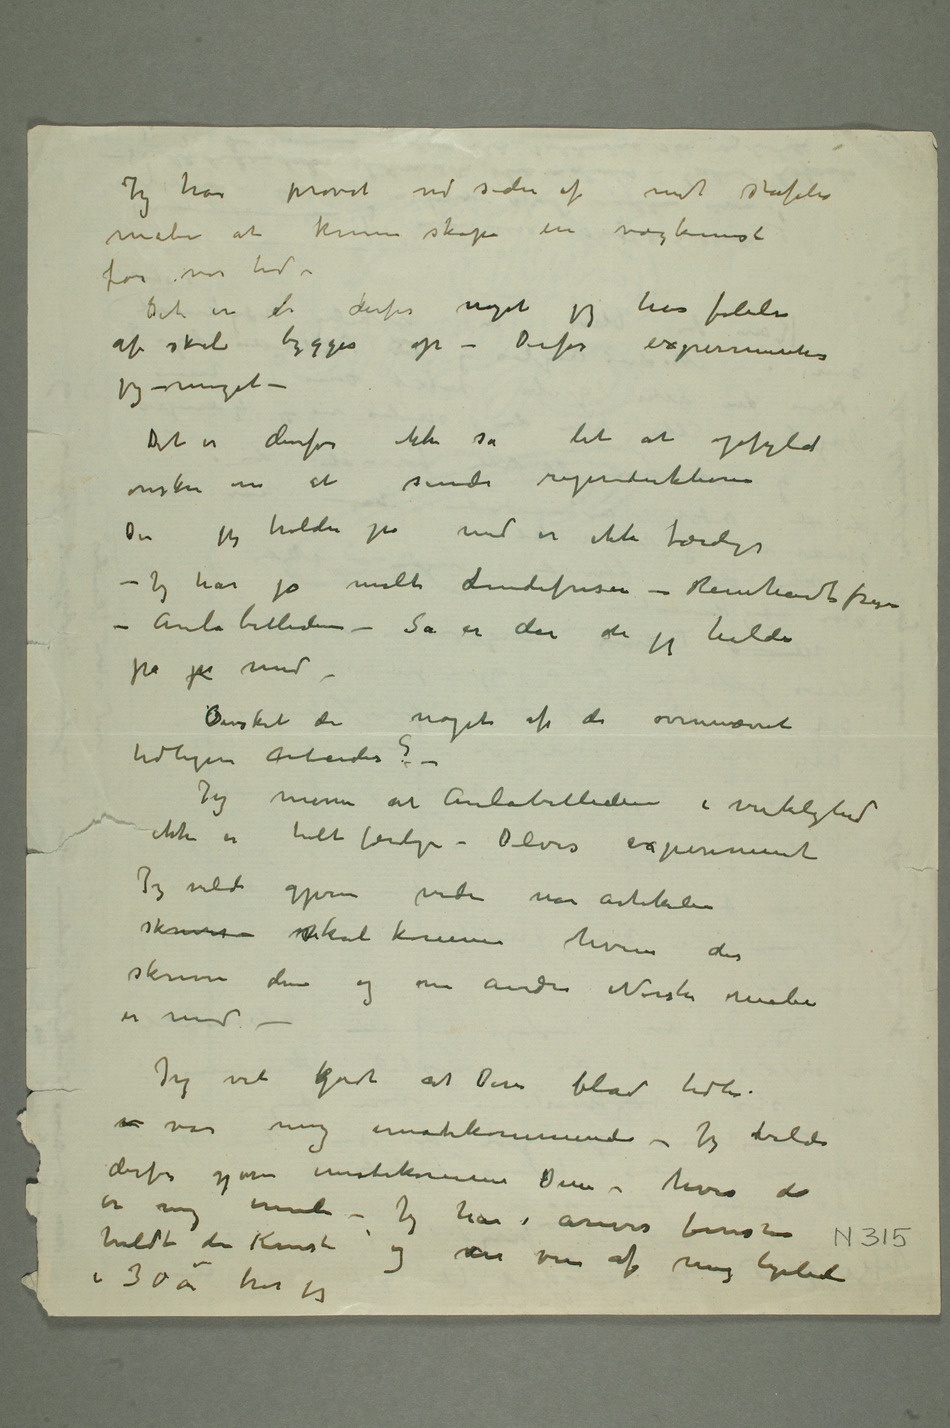
Jeg har provet ved siden af mit stafelis
male at kunn skope en vægkunst
for var tid –
Det er de derfor noget jeg har følelse
af skal bygges op – Derfor expermentes
jeg vmeget –
Det er denfor ikke så let at opfyld
ørskre om at sinde regerduktione
De jeg holder på med er ikke færdige
Jeg har jo melt dindefrisen – Remhadtfren
Aulabillederne – Så er der de jeg hilde
på på med
Devsket de noget af de overnævret
tidligere arbeider?
Jeg menn at Aulabilledern i virkelighed
 ikke er helt færlige – Delvis expenmet
Jeg vilde gjerne vide når artikeler
skrins kal komme hvin der
skrivn den
og om andre Norske male
er med –
Jeg vit kjødt at Der blod tidle–
 var mig imatekommende – Jeg bilde
derfor gjørne umotekomn Dem – hvis de
mig ennti – Jeg har i årives berst 315
heldt den Kunst o
og ver van af mig lyelede
i 30å har jeg